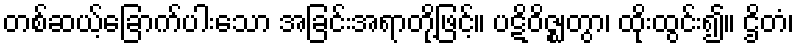
တစ်ဆယ့်ခြောက်ပါးသော အခြင်းအရာတို့ဖြင့်။ ပဋိဝိဇ္ဈတွာ၊ ထိုးထွင်း၍။ ဌိတံ၊